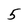
Character: 5